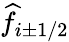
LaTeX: \widehat{f}_{i\pm 1/2}